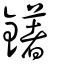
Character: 鐯